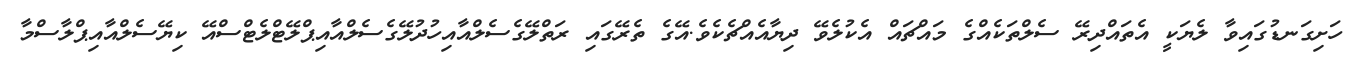
ހަށިގަނޑުގައިވާ ލެޔަކީ އެތައްދިރޭ ސެލްތަކެއްގެ މައްޗައް އެކުލެވޭ ދިޔާއެއްޗެކެވެ.އޭގެ ތެރޭގައި ރަތްލޭގެސެލްއާއިހުދުލޭގެސެލްއާއިޕްލޭޓްލެޓްސްއޭ ކިޔޭސެލްއާއިޕްލާސްމާ